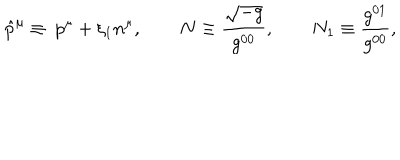
\hat { p } ^ { \mu } \equiv \ p ^ { \mu } + \xi _ { 1 } n ^ { \mu } , \qquad N \equiv \frac { \sqrt { - g } } { g ^ { 0 0 } } , \qquad N _ { 1 } \equiv \frac { g ^ { 0 1 } } { g ^ { 0 0 } } ,